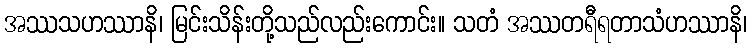
အဿသဟဿာနိ၊ မြင်းသိန်းတို့သည်လည်းကောင်း။ သတံ အဿတရီရတာသံဟဿာနိ၊